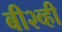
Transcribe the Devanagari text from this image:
बी२व्ही